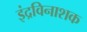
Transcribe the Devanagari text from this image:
इंद्रविनाशक